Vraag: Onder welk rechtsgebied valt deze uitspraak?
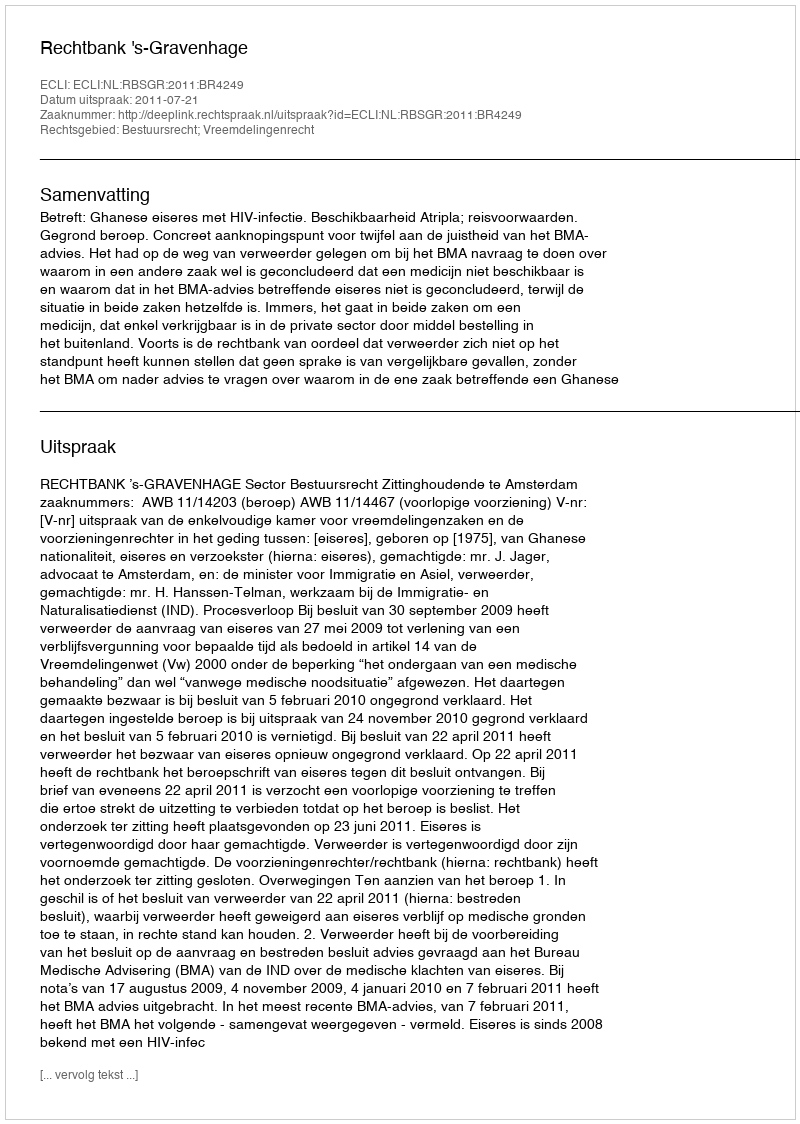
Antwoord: Bestuursrecht; Vreemdelingenrecht